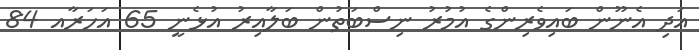
އަދި އެނޫން ބައިވެރިންގެ އުމުރު ނިސްބަތުން ބަލާއިރު އުޅެނީ 65 އަހަރާއ 84